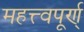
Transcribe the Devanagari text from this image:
महत्त्वपूर्ण्